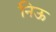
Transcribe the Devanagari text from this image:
निऊ